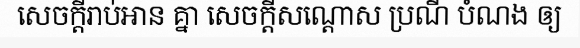
សេចក្តីរាប់អាន គ្នា សេចក្តីសណ្តោស ប្រណី បំណង ឲ្យ